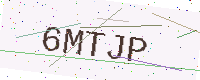
Text: 6MTJP